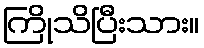
ကြိုသိပြီးသား။